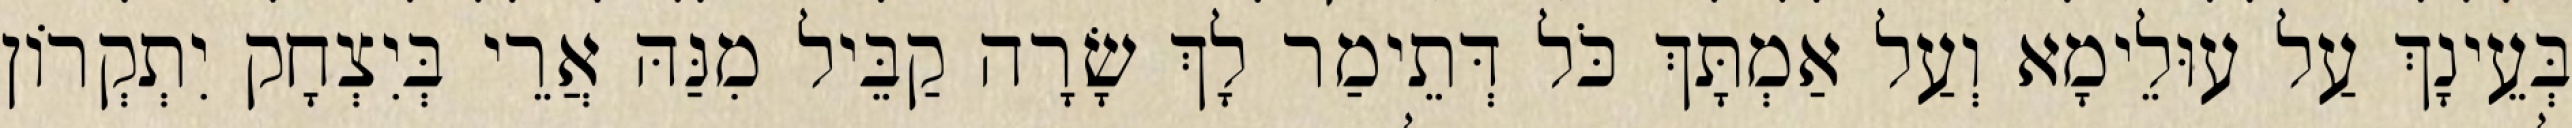
בְּעֵינָךְ עַל עוּלֵימָא וְעַל אַמְתָּךְ כֹּל דְּתֵימַר לָךְ שָׂרָה קַבֵּיל מִנַּהּ אֲרֵי בְּיִצְחָק יִתְקְרוֹן